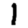
Digit: 1